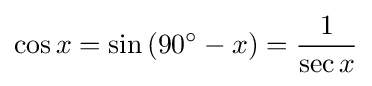
\cos x=\sin \left(90^{\circ }-x\right)={\frac {1}{\sec x}}